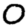
Digit: 0